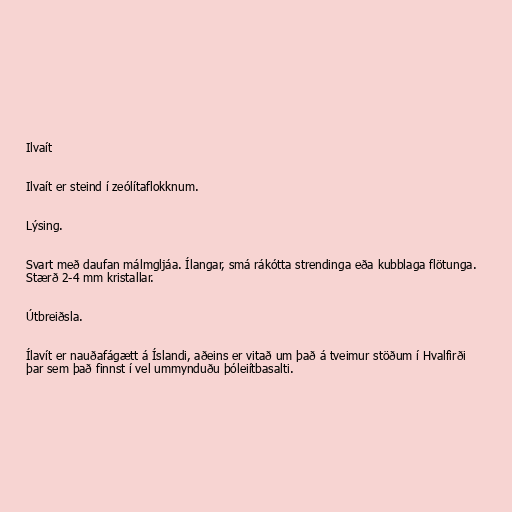
Ilvaít

Ilvaít er steind í zeólítaflokknum.

Lýsing.

Svart með daufan málmgljáa. Ílangar, smá rákótta strendinga eða kubblaga flötunga.
Stærð 2-4 mm kristallar.

Útbreiðsla.

Ílavít er nauðafágætt á Íslandi, aðeins er vitað um það á tveimur stöðum í Hvalfirði
þar sem það finnst í vel ummynduðu þóleiítbasalti.